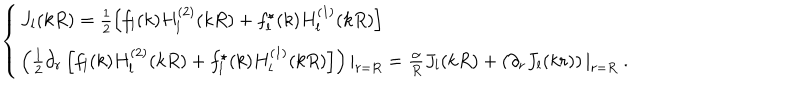
\left\{ \begin{array} { l l } { { J _ { l } ( k R ) = \frac 1 2 \left[ f _ { l } ( k ) H _ { l } ^ { ( 2 ) } ( k R ) + f _ { l } ^ { \star } ( k ) H _ { l } ^ { ( 1 ) } ( k R ) \right] \nonumber } } \\ { { \left( \frac 1 2 \partial _ { r } \left[ f _ { l } ( k ) H _ { l } ^ { ( 2 ) } ( k R ) + f _ { l } ^ { \star } ( k ) H _ { l } ^ { ( 1 ) } ( k R ) \right] \right) | _ { r = R } = \frac { \alpha } { R } J _ { l } ( k R ) + \left( \partial _ { r } J _ { l } ( k r ) \right) | _ { r = R } \ . } } \\ \end{array} \right.